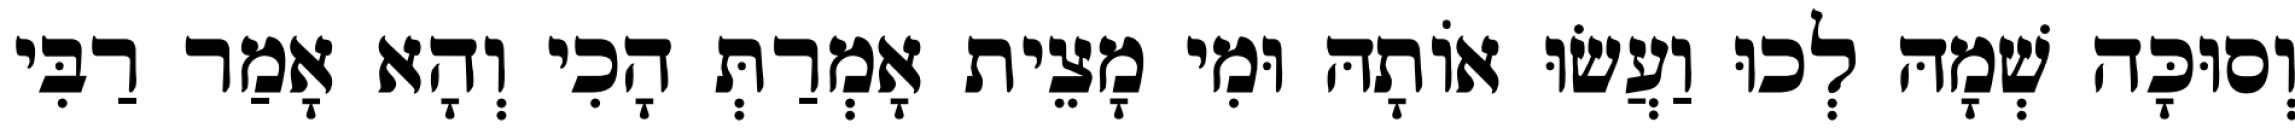
וְסוּכָּה שְׁמָהּ לְכוּ וַעֲשׂוּ אוֹתָהּ וּמִי מָצֵית אָמְרַתְּ הָכִי וְהָא אָמַר רַבִּי